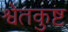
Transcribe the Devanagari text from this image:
श्वेतकुष्ट